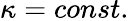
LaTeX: \kappa=const.